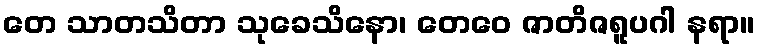
တေ သာတသိတာ သုခေသိနော၊ တေဝေ ဇာတိဇရူပဂါ နရာ။